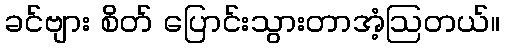
ခင်ဗျား စိတ် ပြောင်းသွားတာအံ့ဩတယ်။